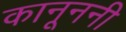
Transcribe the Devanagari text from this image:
कानूननी